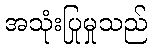
အသုံးပြုမှုသည်